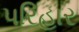
પરિહાર